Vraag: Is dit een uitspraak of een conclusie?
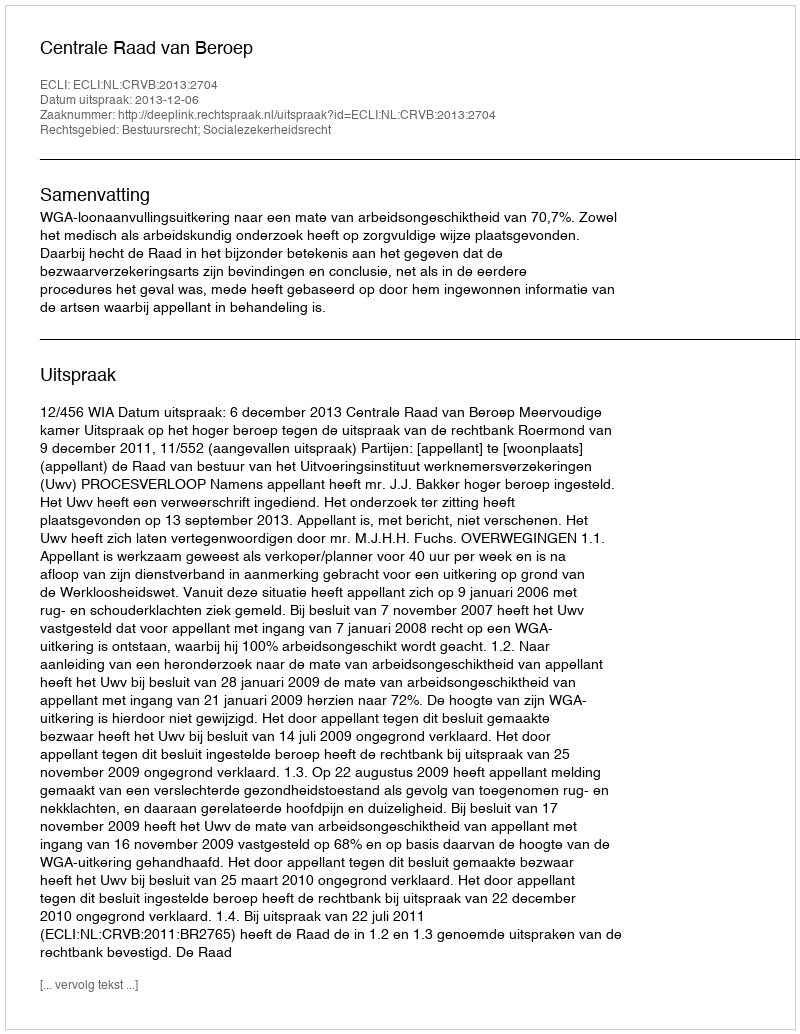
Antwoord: Uitspraak